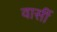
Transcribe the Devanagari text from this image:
वार्सी